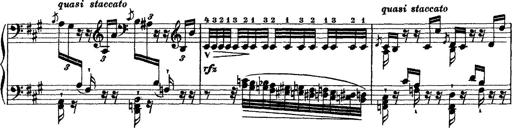
Title: Grande fantasie di bravura sur La clochette
Composer: Franz Liszt
Key: A minor